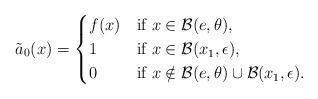
LaTeX: \begin{align*}\tilde a_0(x)=\begin{cases}f(x) & \mbox{if } x \in \mathcal{B}(e,\theta), \\1 & \mbox{if } x \in \mathcal{B}(x_{1},\epsilon) ,\\0 & \mbox{if } x\notin \mathcal{B}(e,\theta) \cup \mathcal{B}(x_{1},\epsilon).\end{cases}\end{align*}